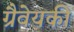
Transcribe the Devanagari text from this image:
ग्रैवेयकी